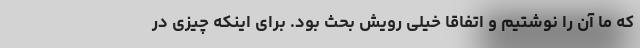
که ما آن را نوشتیم و اتفاقا خیلی رویش بحث بود. برای اینکه چیزی در